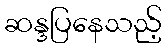
ဆန္ဒပြနေသည့်